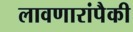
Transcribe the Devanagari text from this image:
लावणारांपैकी